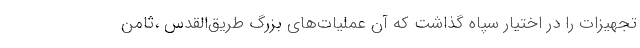
تجهیزات را در اختیار سپاه گذاشت که آن عملیات‌های بزرگ طریق‌القدس ،ثامن